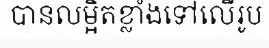
បានលម្អិតខ្លាំងទៅលើរូប